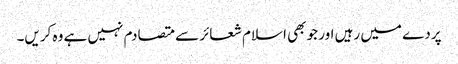
پردے میں رہیں اور جو بھی اسلام شعائر سے متصادم نہیں ہے وہ کریں۔